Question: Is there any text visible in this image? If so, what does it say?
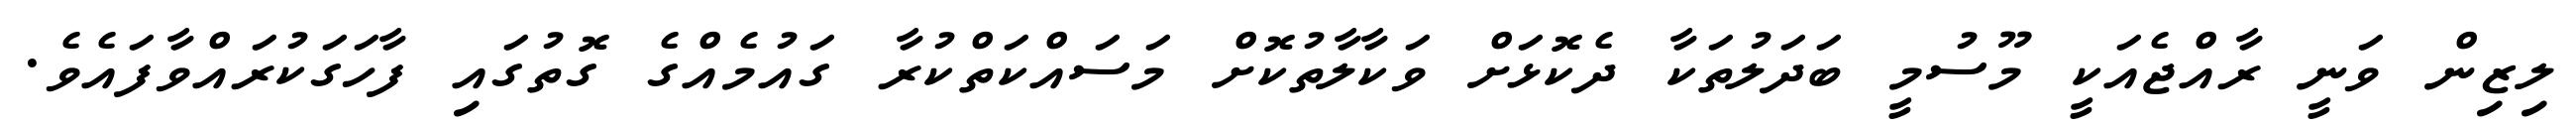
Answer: ލިޒިން ވަނީ ރާއްޖެއަކީ މޫސުމީ ބަދަލުތަކާ ދެކޮޅަށް ވަކާލާތުކޮށް މަސައްކަތްކުރާ ގައުމެއްގެ ގޮތުގައި ފާހަގަކުރައްވާފައެވެ.